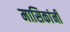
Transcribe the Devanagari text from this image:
मासिकांनी